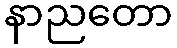
နာညတော